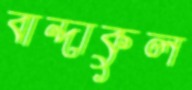
বান্দাকুল